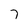
Character: 7